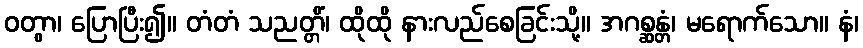
ဝတွာ၊ ပြောပြီး၍။ တံတံ သညတ္တိံ၊ ထိုထို နားလည်စေခြင်းသို့။ အဂစ္ဆန္တံ၊ မရောက်သော။ နံ၊